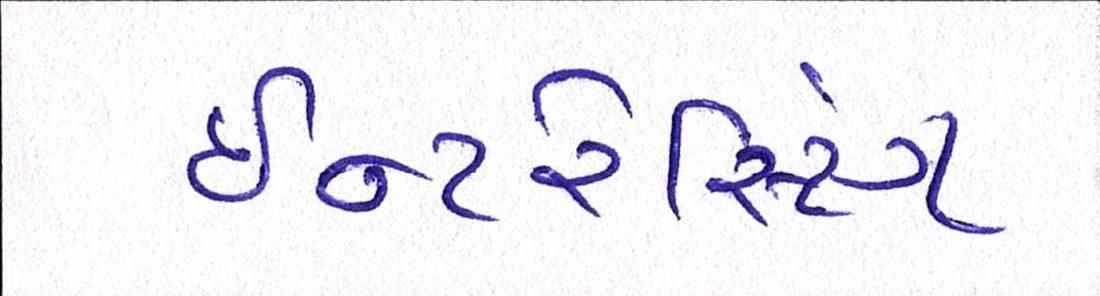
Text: ઇન્ટરેસ્ટિંગ